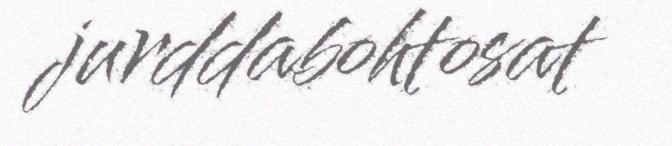
jurddabohtosat